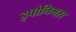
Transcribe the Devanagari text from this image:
इपौनिमस